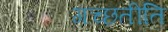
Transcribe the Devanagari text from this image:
गच्छतीति